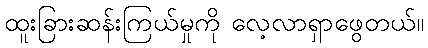
ထူးခြားဆန်းကြယ်မှုကို လေ့လာရှာဖွေတယ်။